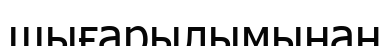
шығарылымынан